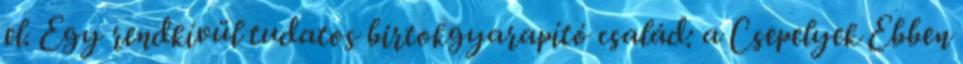
el. Egy rendkívül tudatos birtokgyarapító család: a Csepelyek Ebben